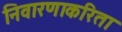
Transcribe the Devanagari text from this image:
निवारणाकरिता